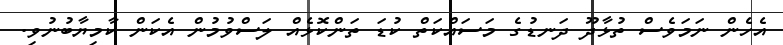
އެހެން ނަމަވެސް ތުޅާދޫ ދަނޑުގެ މަސައްކަތް ކުޑަ ތަންކޮޅެއް ލަސްވުމުން އެކަން ކާމިޔާބުނުވި.